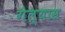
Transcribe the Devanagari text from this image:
गेल्‍यास